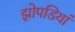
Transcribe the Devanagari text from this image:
झोपडियां